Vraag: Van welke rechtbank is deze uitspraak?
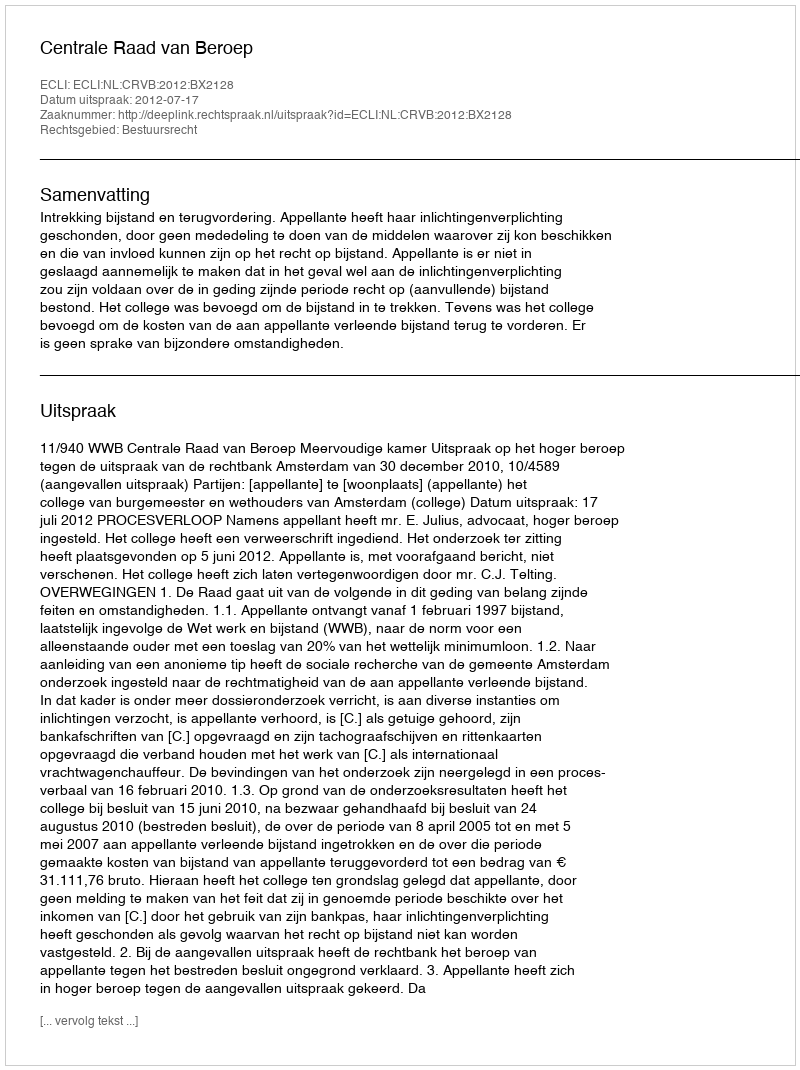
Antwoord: Centrale Raad van Beroep